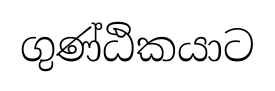
ගුණ්ඨිකයාට